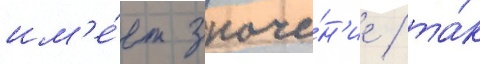
им'е́ет значе́н'ие / та́к